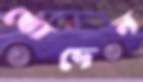
খোদেন